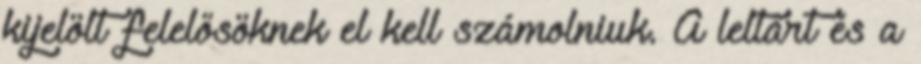
kijelölt felelősöknek el kell számolniuk. A leltárt és a